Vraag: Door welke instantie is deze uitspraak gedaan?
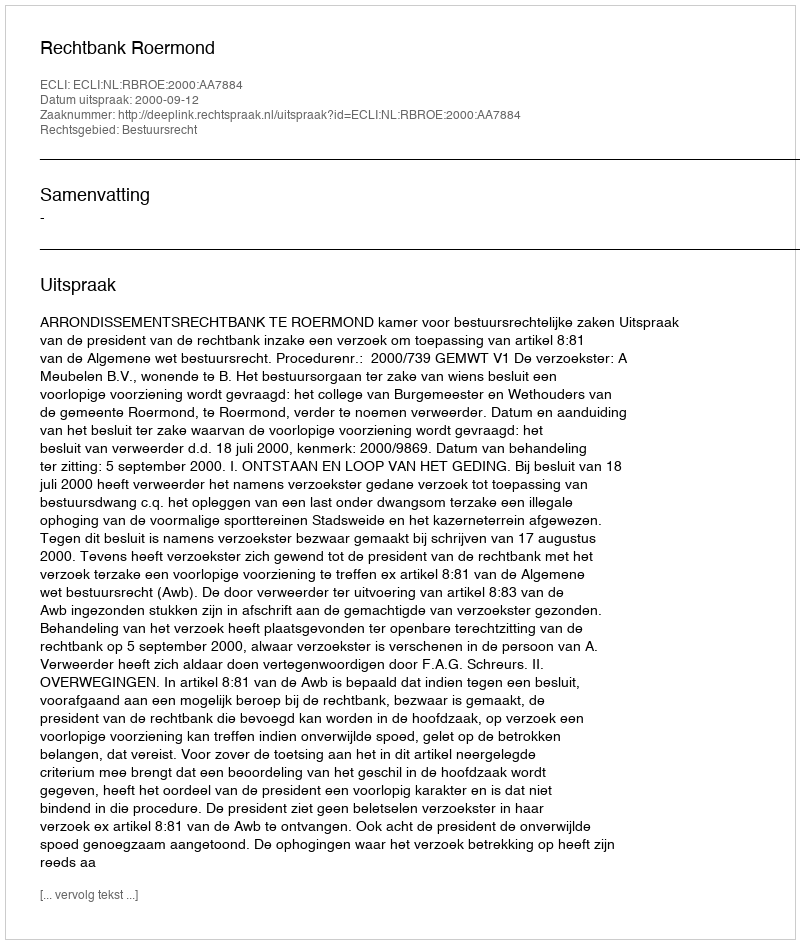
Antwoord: Rechtbank Roermond